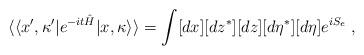
LaTeX: \begin{align*}\langle\langle x^\prime,\kappa^\prime|e^{-it\hat H}|x,\kappa\rangle\rangle=\int [dx][dz^*][dz][d\eta^*][d\eta]e^{iS_e}\;,\end{align*}